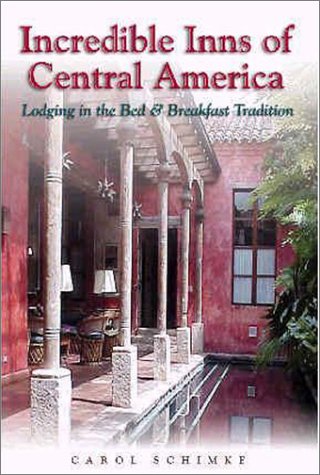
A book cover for Incredible Inns of Central America : Lodging in the Bed & Breakfast Tradition; Carol Schimke; Travel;